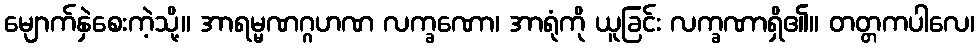
မျောက်နှဲစေးကဲ့သို့။ အာရမ္မဏဂ္ဂဟဏ လက္ခဏော၊ အာရုံကို ယူခြင်း လက္ခဏာရှိ၏။ တတ္တကပါလေ၊